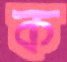
ক